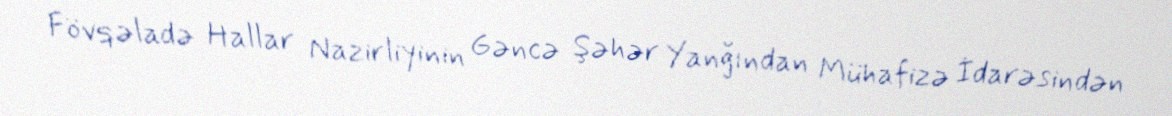
Fövqəladə Hallar Nazirliyinin Gəncə Şəhər Yanğından Mühafizə İdarəsindən